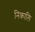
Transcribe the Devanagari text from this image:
निकालि